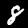
Digit: 8